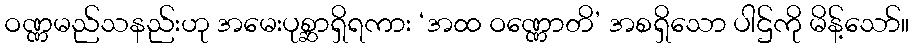
ဝဏ္ဏမည်သနည်းဟု အမေးပုစ္ဆာရှိရကား ‘အထ ဝဏ္ဏောတိ’ အစရှိသော ပါဌ်ကို မိန့်သော်။